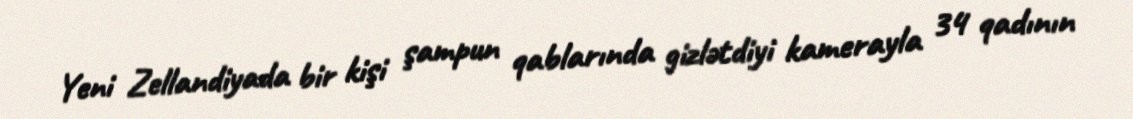
Yeni Zellandiyada bir kişi şampun qablarında gizlətdiyi kamerayla 34 qadının